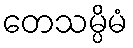
တေသမ္ပိမံ